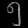
Digit: ၅